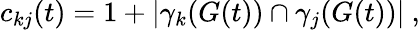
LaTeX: c_{kj}(t)=1+\left|\gamma_{k}(G(t))\cap\gamma_{j}(G(t))\right|\ ,